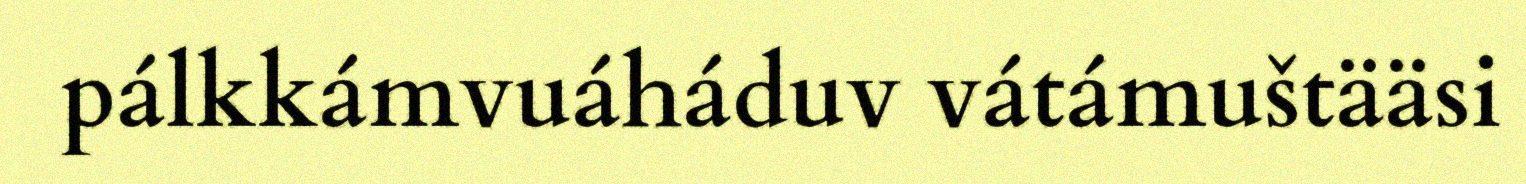
pálkkámvuáháduv vátámuštääsi